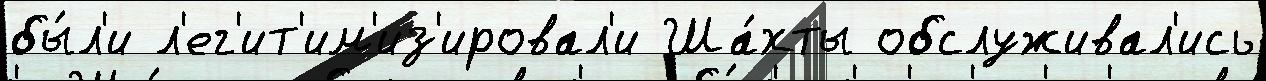
бы́л'и л'ег'ит'им'из'ировал'и Ша́хты обслуживал'ись